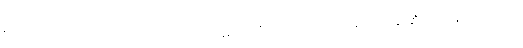
“ထင်းကုလားတုံး အသုံးမကျ အိမ်တော နှစ်ဌာန” ဟူသော ဥပမာဖြင့် ရဟန်းဆိုး ရဟန်းပျက်တို့ကို